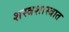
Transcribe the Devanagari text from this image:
शस्त्रशास्त्रात